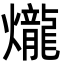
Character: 爖